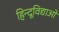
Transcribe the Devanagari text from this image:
हिन्दूविद्याओं